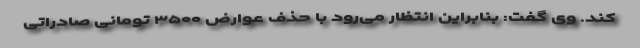
کند. وی گفت: بنابراین انتظار می‌رود با حذف عوارض ۳۵۰۰ تومانی صادراتی